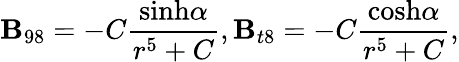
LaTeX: \mathbf{B}_{98}=-C{\frac{{\mathrm{{sinh}}\alpha}}{{r^{5}+C}}},\mathbf{B}_{t8}=-C{\frac{{\mathrm{{cosh}}\alpha}}{{r^{5}+C}}},